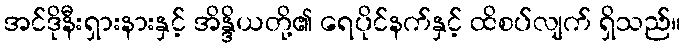
အင်ဒိုနီးရှားနားနှင့် အိန္ဒိယတို့၏ ရေပိုင်နက်နှင့် ထိစပ်လျက် ရှိသည်။